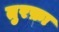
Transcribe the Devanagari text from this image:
तुरफ़ा